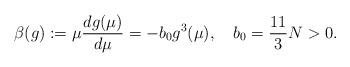
LaTeX: \begin{align*}\beta(g) := \mu {dg(\mu) \over d\mu} = - b_0 g^3(\mu) ,\quad b_0 = {11 \over 3}N > 0 .\end{align*}